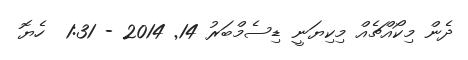
ދެން މިކޯއްޗެއް މިކިޔަނީ ޑިސެމްބަރު 14